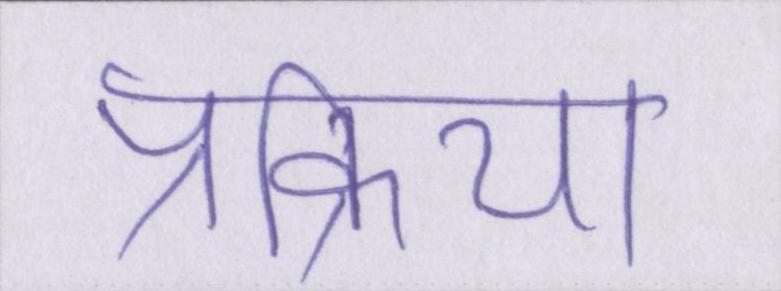
प्रक्रिया